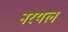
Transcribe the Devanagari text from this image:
नरयल